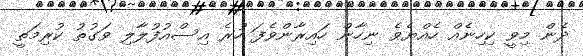
ދެން މިވީ ކިހިނެއް ހެއްޔެވެ ނިހާން ހައިރާންވެފަ ހުރެ އިސްއުފުލާލި ވަގުތު ކުރިމަތީ